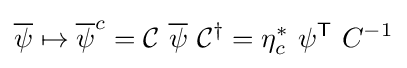
{\overline {\psi }}\mapsto {\overline {\psi }}^{c}={\mathcal {C}}\ {\overline {\psi }}\ {\mathcal {C}}^{\dagger }=\eta _{c}^{*}\ \psi ^{\textsf {T}}\ C^{-1}